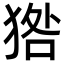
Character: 㹾